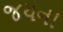
જયના